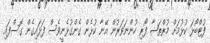
ފުޓްބޯޅަ ކުޅުމަށް މުރްތަޟާ ފޯރި ހުންނަވަރުން އޭނާ ކުޅެން ގެންގުޅެނީވެސް ފަޅައިގެން ގޮސްފައި